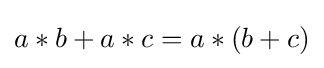
a*b+a*c=a*(b+c)